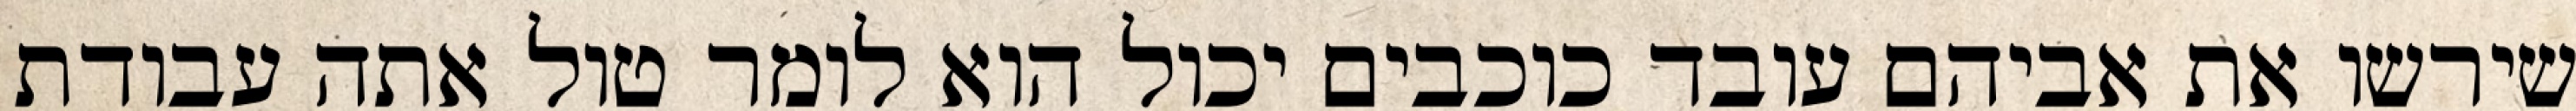
שירשו את אביהם עובד כוכבים יכול הוא לומר טול אתה עבודת